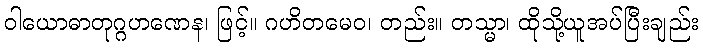
ဝါယောဓာတုဂ္ဂဟဏေန၊ ဖြင့်။ ဂဟိတမေဝ၊ တည်း။ တသ္မာ၊ ထိုသို့ယူအပ်ပြီးချည်း